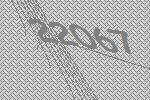
22067